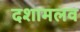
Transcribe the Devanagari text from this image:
दशामलव